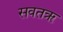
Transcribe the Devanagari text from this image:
सवतॠ